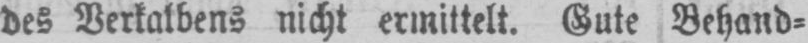
Gute Behand⸗